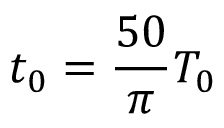
t _ { 0 } = \frac { 5 0 } { \pi } T _ { 0 }